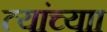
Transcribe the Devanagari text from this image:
त्यांच्याा